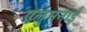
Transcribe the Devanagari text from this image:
एलुमनाई